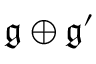
{ \mathfrak { g } } \oplus { \mathfrak { g ^ { \prime } } }